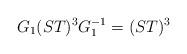
LaTeX: \begin{align*}G_1 (ST)^3 G^{-1}_1=(ST)^3\end{align*}